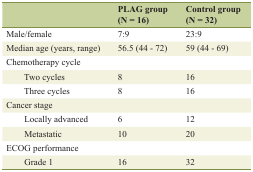
|  | PLAG group (N = 16) | Control group (N = 32) |
 | --- | --- | --- |
 | Male/female | 7:9 | 23:9 |
 | Median age (years, range) | 56.5 (44 - 72) | 59 (44 - 69) |
 | Chemotherapy cycle |  |  |
 | Two cycles | 8 | 16 |
 | Three cycles | 8 | 16 |
 | Cancer stage |  |  |
 | Locally advanced | 6 | 12 |
 | Metastatic | 10 | 20 |
 | ECOG performance |  |  |
 | Grade 1 | 16 | 32 |